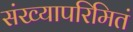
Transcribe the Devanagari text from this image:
संख्यापरिमितं